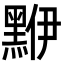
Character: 𪑁